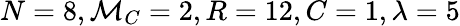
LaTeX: N=8,\mathcal{M}_{C}=2,R=12,C=1,\lambda=5